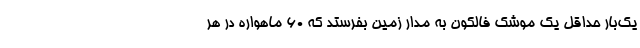
یک‌بار حداقل یک موشک فالکون به مدار زمین بفرستد که ۶۰ ماهواره در هر